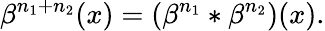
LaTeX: \beta^{n_{1}+n_{2}}(x)=(\beta^{n_{1}}*\beta^{n_{2}})(x).